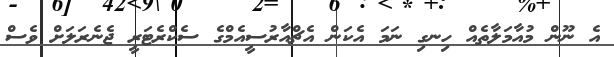
އެ ނޫން މުއާމަލާތެއް ހިނގި ނަމަ އެކަން އެޗްއާރުސީއެމްގެ ސެކްރެޓަރީ ޖެނެރަލަށް ވެސް